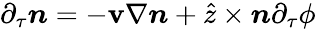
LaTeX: \partial_{\tau}\boldsymbol{n}=-\mathbf{v}\nabla\boldsymbol{n}+\hat{{z}}\times\boldsymbol{n}\partial_{\tau}\phi